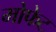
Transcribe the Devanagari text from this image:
मोफेट